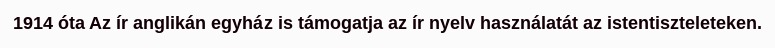
1914 óta Az ír anglikán egyház is támogatja az ír nyelv használatát az istentiszteleteken.